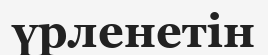
үрленетін